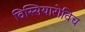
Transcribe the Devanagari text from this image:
विस्सियारोविच